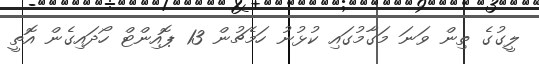
ލީގުގެ ތިން ވަނަ މަގާމުގައި ކުޅުުނު ހަމެޗުން 13 ޕޮއިންޓް ހޯދައިގެން އޮތީ